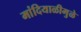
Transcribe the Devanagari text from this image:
मांदियाळीमुळे